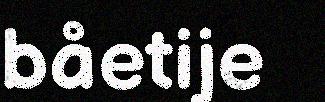
båetije